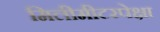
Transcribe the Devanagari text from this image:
मिलीमीटरपेक्षा